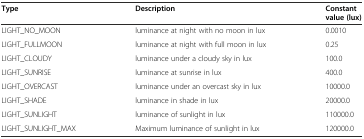
<table><thead><tr><td><b>Type</b></td><td><b>Description</b></td><td><b>Constant value (lux)</b></td></tr></thead><tbody><tr><td>LIGHT_NO_MOON</td><td>luminance at night with no moon in lux</td><td>0.0010</td></tr><tr><td>LIGHT_FULLMOON</td><td>luminance at night with full moon in lux</td><td>0.25</td></tr><tr><td>LIGHT_CLOUDY</td><td>luminance under a cloudy sky in lux</td><td>100.0</td></tr><tr><td>LIGHT_SUNRISE</td><td>luminance at sunrise in lux</td><td>400.0</td></tr><tr><td>LIGHT_OVERCAST</td><td>luminance under an overcast sky in lux</td><td>10000.0</td></tr><tr><td>LIGHT_SHADE</td><td>luminance in shade in lux</td><td>20000.0</td></tr><tr><td>LIGHT_SUNLIGHT</td><td>luminance of sunlight in lux</td><td>110000.0</td></tr><tr><td>LIGHT_SUNLIGHT_MAX</td><td>Maximum luminance of sunlight in lux</td><td>120000.0</td></tr></tbody></table>